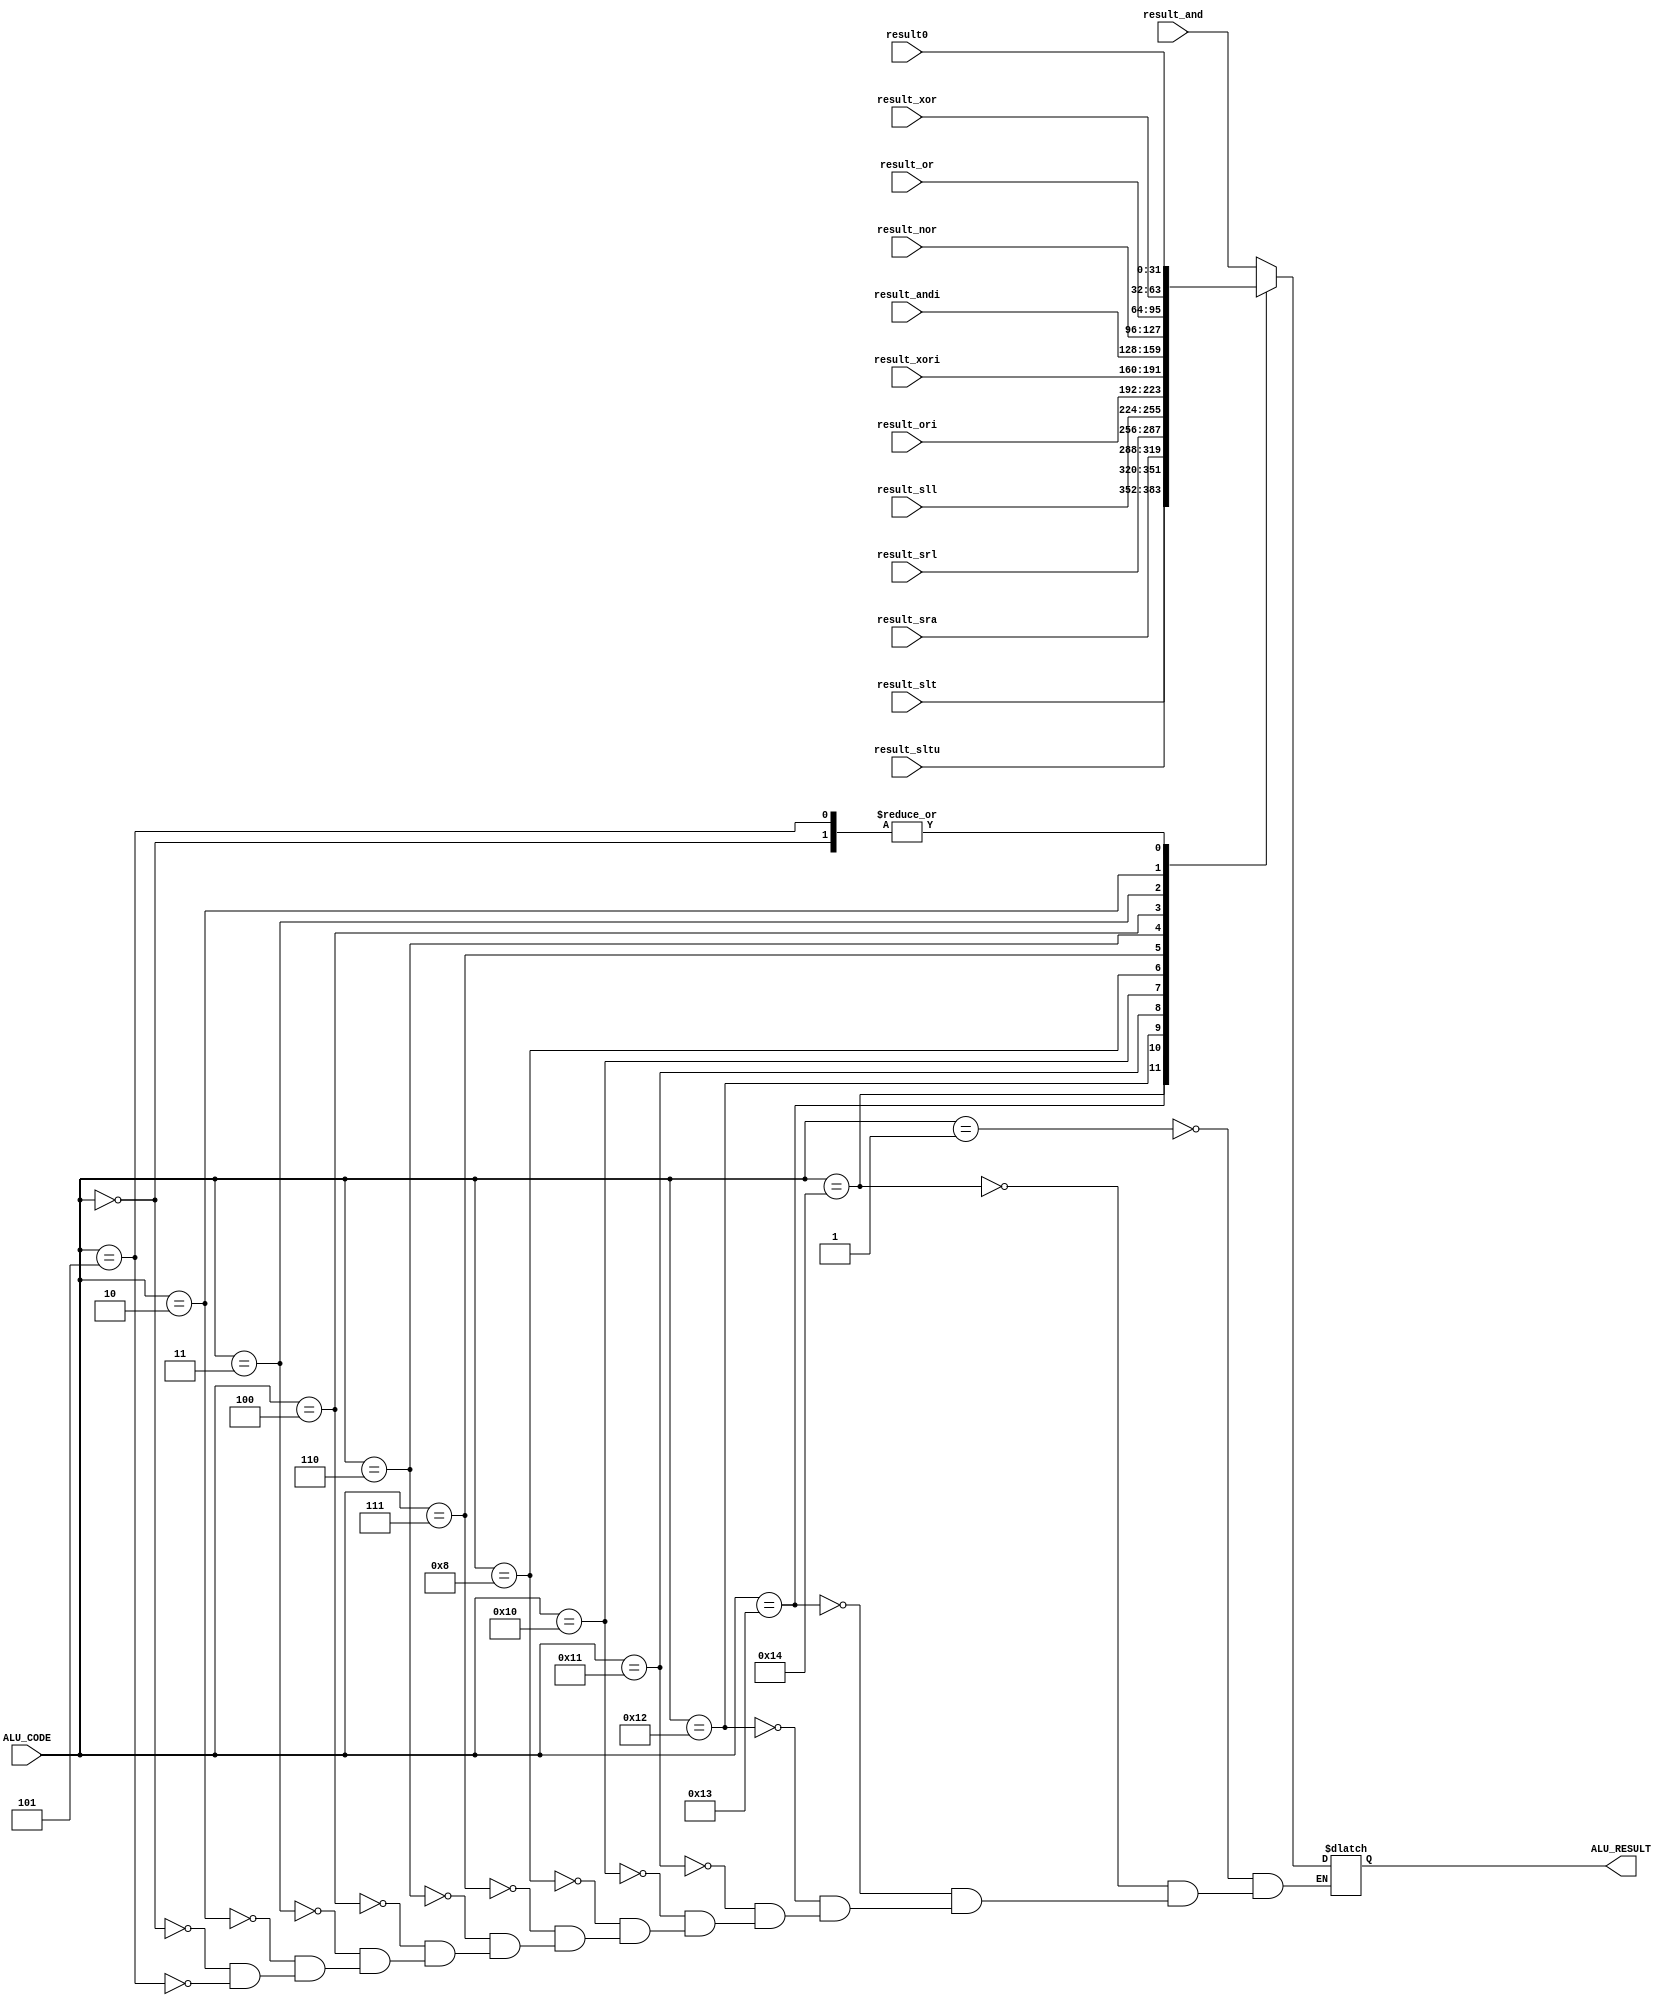
`timescale 1ns / 1ps
module ALU_MUX(
	ALU_CODE,
	result0,
	result_and,
	result_xor,
	result_or,
	result_nor,
	result_andi,
	result_xori,
	result_ori,
	result_sll,
	result_srl,
	result_sra,
	result_slt,
	result_sltu,
	ALU_RESULT
	);
  input[4:0] ALU_CODE;
	input[31:0] result0;
	input[31:0] result_and;
	input[31:0] result_xor;
	input[31:0] result_or;
	input[31:0] result_nor;
	input[31:0] result_andi;
	input[31:0] result_xori;
	input[31:0] result_ori;
	input[31:0] result_sll;
	input[31:0] result_srl;
	input[31:0] result_sra;
	input[31:0] result_slt;
	input[31:0] result_sltu;
	output reg[31:0] ALU_RESULT;
	parameter	 alu_add=  5'b00000;
	parameter	 alu_and=  5'b00001;
	parameter	 alu_xor=  5'b00010;
	parameter	 alu_or =  5'b00011;
	parameter	 alu_nor=  5'b00100;
	parameter	 alu_sub=  5'b00101;
	parameter	 alu_andi= 5'b00110;
	parameter	 alu_xori= 5'b00111;
	parameter	 alu_ori = 5'b01000;
	//parameter    alu_jr =  5'b01001;
	//parameter	 alu_beq=  5'b01010;
	//parameter	 alu_bne=  5'b01011;
	//parameter	 alu_bgez= 5'b01100;
	//parameter	 alu_bgtz= 5'b01101;
	//parameter	 alu_blez= 5'b01110;
	//parameter	 alu_bltz= 5'b01111;
	parameter 	 alu_sll=  5'b10000;
	parameter	 alu_srl=  5'b10001;
	parameter	 alu_sra=  5'b10010;	
	parameter	 alu_slt=  5'b10011;
	parameter	 alu_sltu= 5'b10100;
	always@(*) 
		begin
			case(ALU_CODE)
				alu_and : ALU_RESULT = result_and;
				alu_sltu: ALU_RESULT = result_sltu;
				alu_slt : ALU_RESULT = result_slt;
				alu_sra : ALU_RESULT = result_sra;
				alu_srl : ALU_RESULT = result_srl;
				alu_sll : ALU_RESULT = result_sll;
				alu_ori : ALU_RESULT = result_ori;
				alu_xori: ALU_RESULT = result_xori;
				alu_andi: ALU_RESULT = result_andi;
				alu_nor : ALU_RESULT = result_nor;
				alu_or  : ALU_RESULT = result_or;
				alu_xor : ALU_RESULT = result_xor;
				alu_add : ALU_RESULT = result0;
				alu_sub : ALU_RESULT = result0;
			endcase
		end	

endmodule